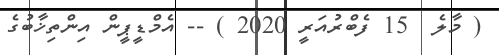
( މާލެ  15 ފެބްރުއަރީ 2020 ) -- އެމްޑީޕީން އިންތިޚާބުގެ